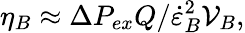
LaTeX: \eta_{B}\approx\Delta P_{ex}Q/\dot{\varepsilon}_{B}^{2}\mathcal{V}_{B},